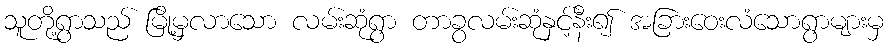
သူတို့ရွာသည် မြို့မှလာသော လမ်းဆုံရွာ တာခွလမ်းဆုံနှင့်နီး၍ အခြားဝေးလံသောရွာများမှ